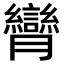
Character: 𦣏